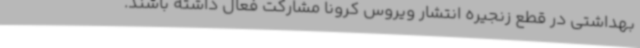
بهداشتی در قطع زنجیره انتشار ویروس کرونا مشارکت فعال داشته باشند.